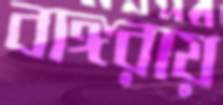
বাঙ্গরায়